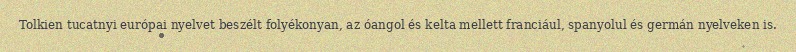
Tolkien tucatnyi európai nyelvet beszélt folyékonyan, az óangol és kelta mellett franciául, spanyolul és germán nyelveken is.